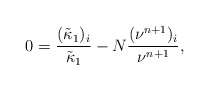
\begin{align*}0=\frac{(\tilde{\kappa}_1)_i}{\tilde{\kappa}_1}-N\frac{(\nu^{n+1})_i}{\nu^{n+1}},\end{align*}